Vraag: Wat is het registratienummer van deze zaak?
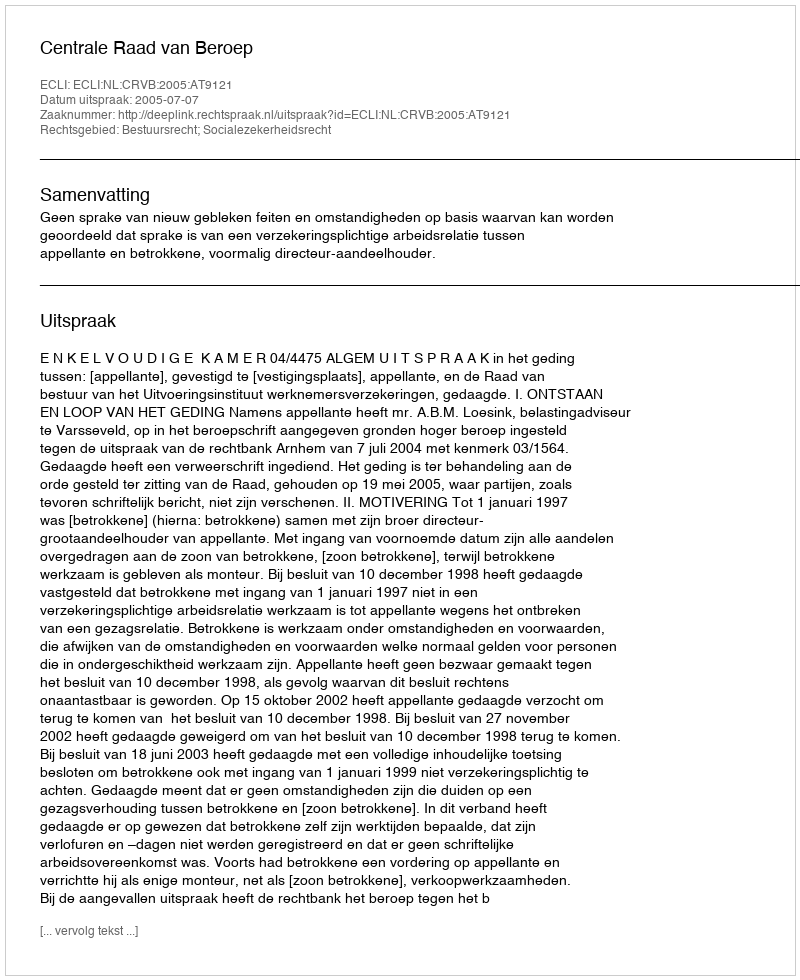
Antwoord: http://deeplink.rechtspraak.nl/uitspraak?id=ECLI:NL:CRVB:2005:AT9121